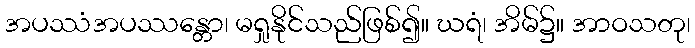
အပဿံအပဿန္တော၊ မရှုနိုင်သည်ဖြစ်၍။ ဃရံ၊ အိမ်၌။ အာဝသတု၊